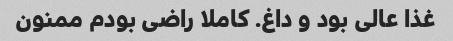
غذا عالی بود و داغ. کاملا راضی بودم ممنون